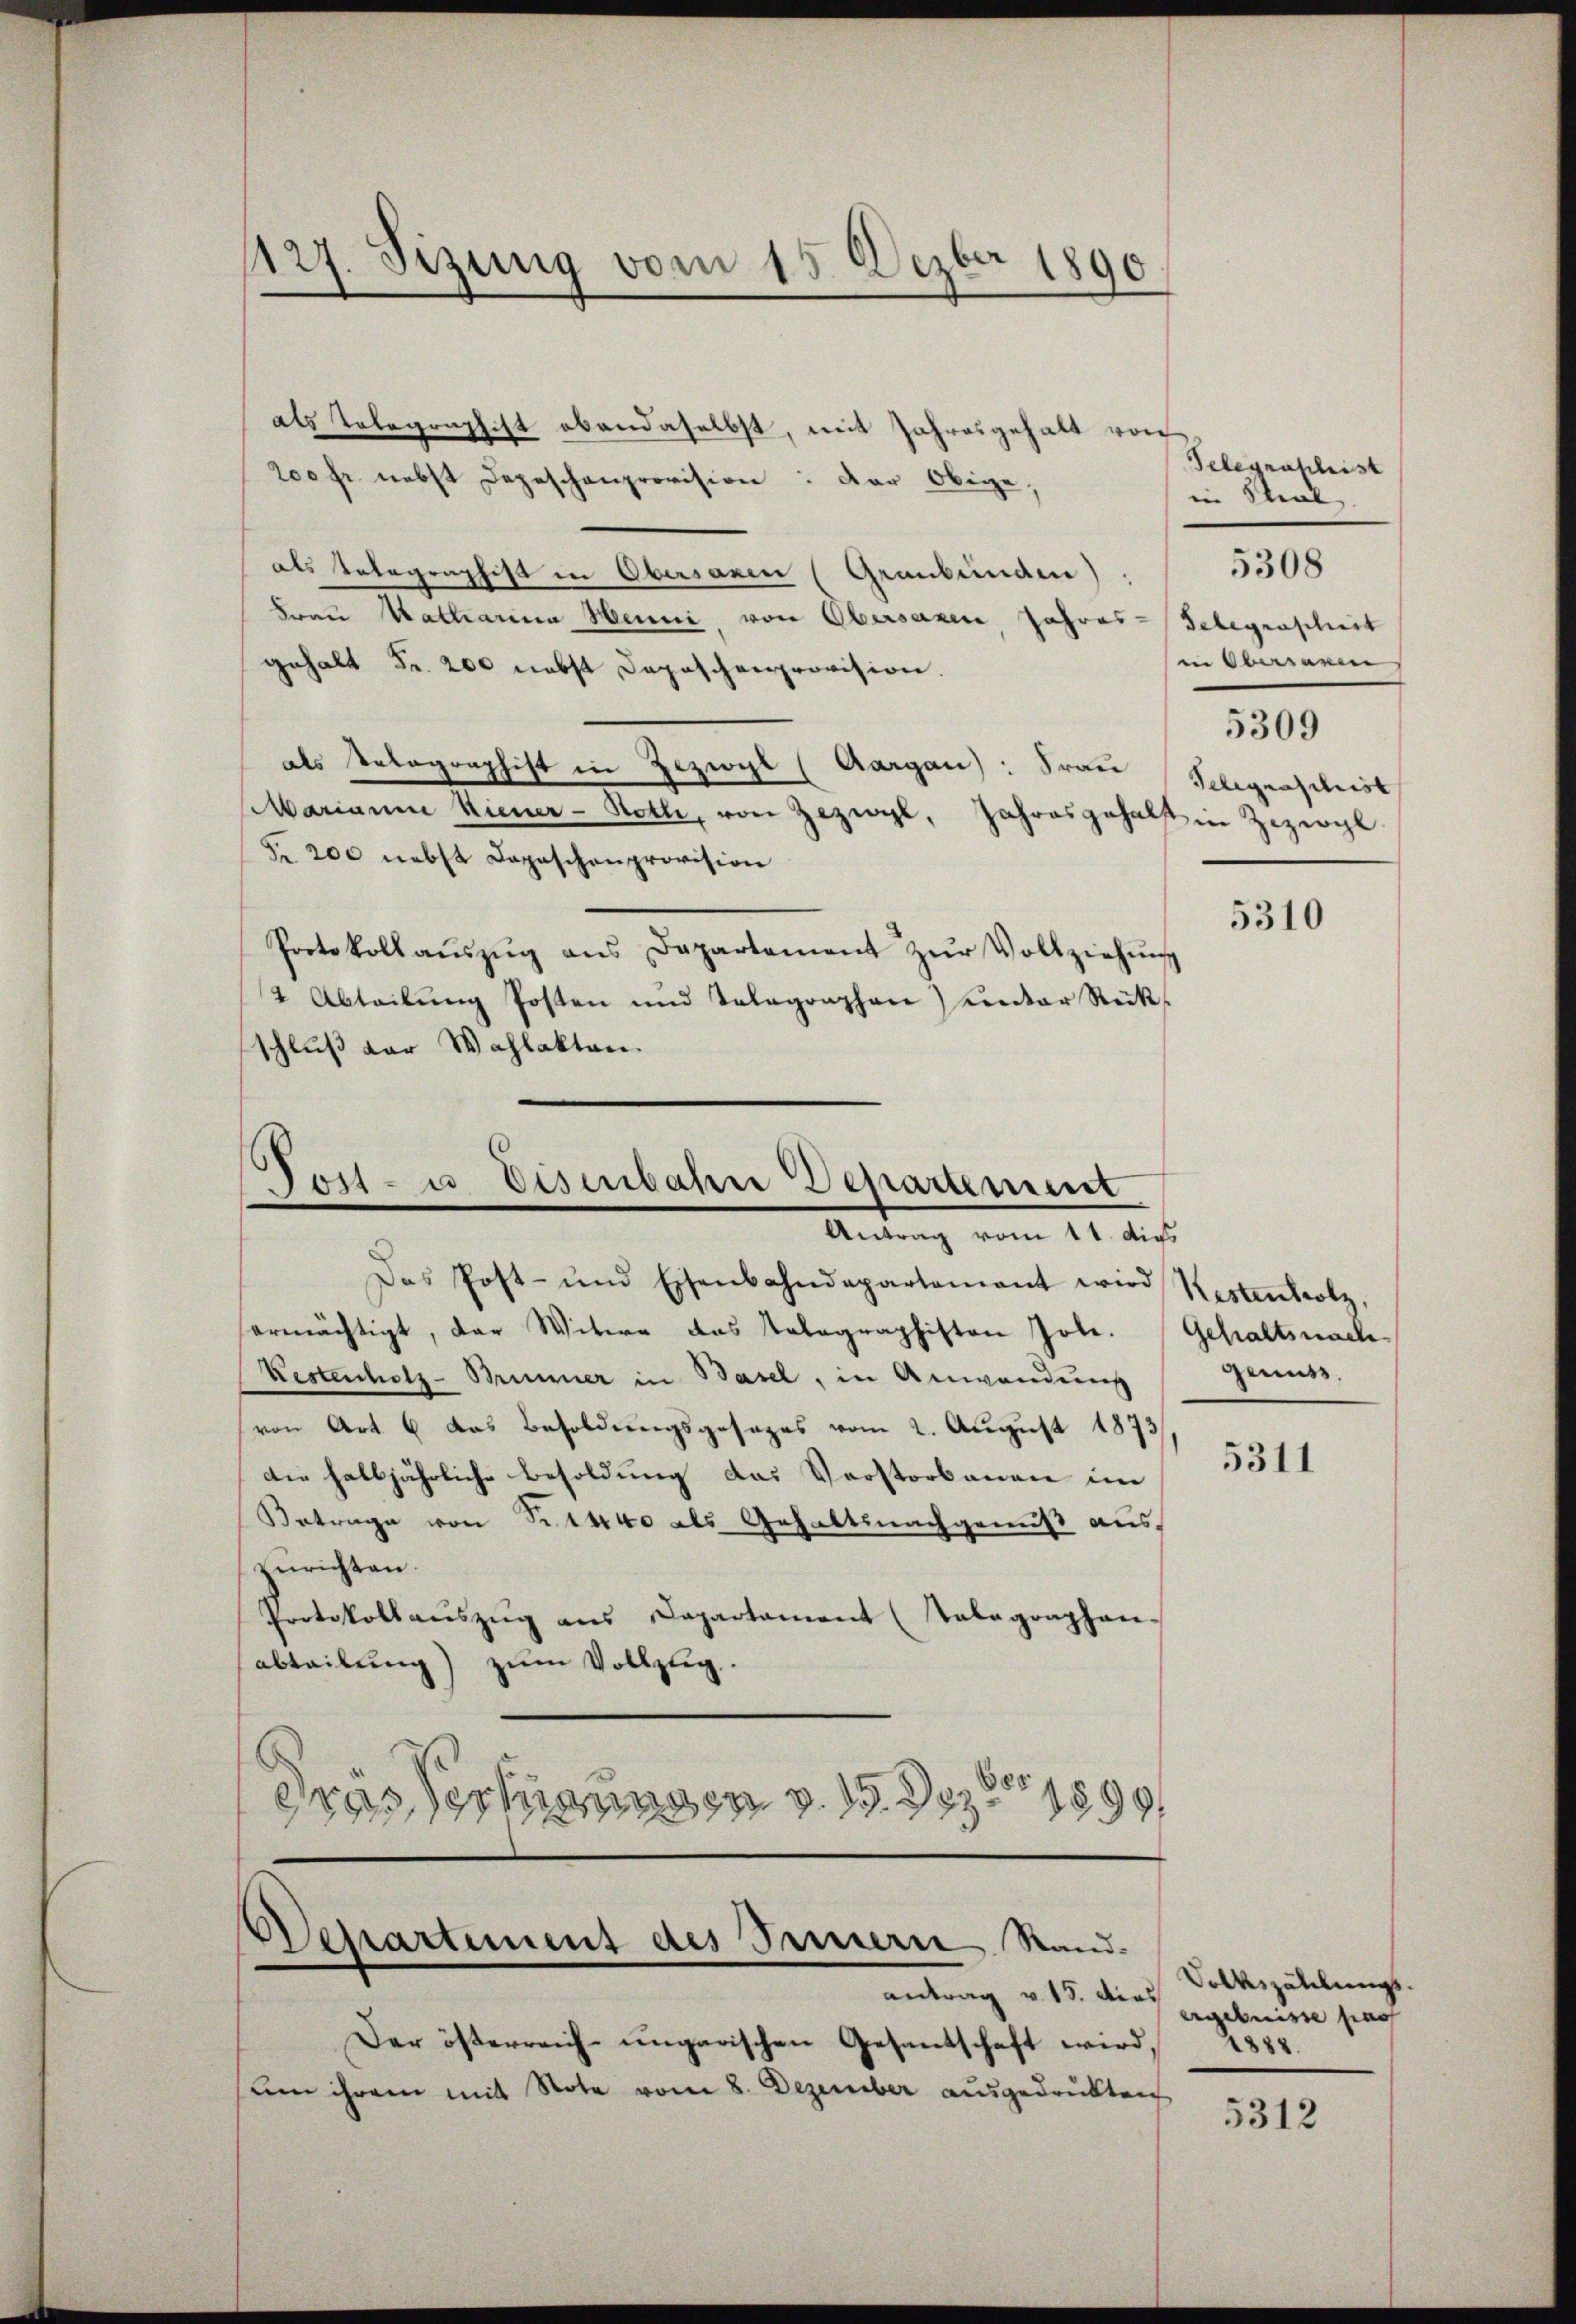
1127. Sizung vom 15. Dezbr 1890

als Telegraphist abandaselbst, mit Jahresgehalt von
200 fr. nebst Depeschenprovision: Der Obige
als Telegraphist in Obersanen (Graubünden)
Frau Katharina Henni von Obersaxen, Jahres-Telegraphist
gehalt Fr. 200 nebst Deposchenprovision.
als Telegraphist in Zezwyl (Aargau: Frau
Marianna Kiener-Hotti, von Zeigl, Jahresgehalf in Zizergl
Fr. 200 nebst Depeschenprovision
5310
Protokollaŭszŭg ans Departement zŭr Vollziehŭng
2 Abteilŭng Posten und Telegraphen) unter Rück-
schluß der Wahlakten.

Vor- u Eisenbahne Departement
Antrag vom 11. dies

Das Post- und Eisenbahndepartement wird Restenholz,
ermächtigt, der Witwe das Kolographiston Joh. Gehaltsnach
Kestenholz- Brunner in Basel, in Anwendung
von Art. 6 das Besoldungsgesezes vom 2. August 1873
die halbjährliche Besoldung das Vorstorbenen im
Betrage von Sitte als Gehaltsnachgemäß auszurichten.
Protokollaŭszŭg ans Departament (Talagraphen-
abteilung) zum Vollzug.
drasserungen v. 1899

Departement des Innern Stand.

antrag v. 15. dies
Der österreich-ungarischen Gesantschaft wird, 1888.
um ihrem mit Note vom 8. Dezember ausgedrukten

Telegraschist
in Theil
in Obersamen
5309
Telegraschiist

5308

genuss.

5311

Volkszählungsergebnisse pass

5312